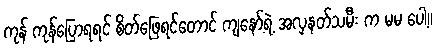
ကုန် ကုန်ပြောရရင် စိတ်ဖြေရင်တောင် ကျနော့်ရဲ့ အလှနတ်သမီး က မမ ပေါ့။